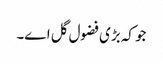
جو کہ بڑی فضول گل اے۔